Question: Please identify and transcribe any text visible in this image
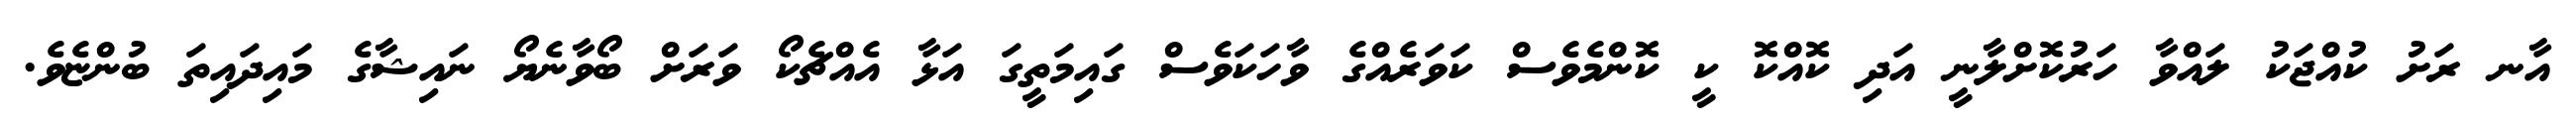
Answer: އާނ ރަށު ކުއްޖަކު ލައްވާ ހަރުކޮށްލާނީ އަދި ކޮއްކޮ ކީ ކޮންމެވެސް ކަވަރެއްގެ ވާހަކަވެސް ގައިމަތީގަ އަޅާ އެއްޗެކޯ ވަރަށް ބޯވާނެޔޯ ނައިޝާގެ މައިދައިތަ ބުންޏެވެ.